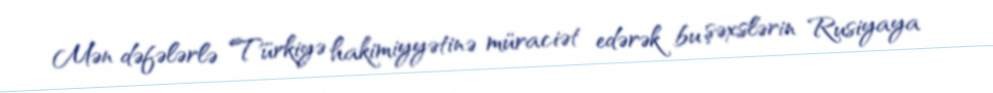
Mən dəfələrlə Türkiyə hakimiyyətinə müraciət edərək bu şəxslərin Rusiyaya